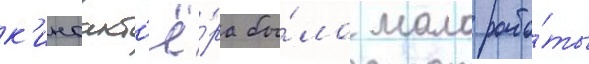
к'иноакт'ё́ра бы́ло мало рабо́ты